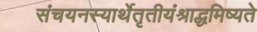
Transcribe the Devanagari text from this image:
संचयनस्यार्थेतृतीयंश्राद्धमिष्यते